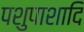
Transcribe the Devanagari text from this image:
पशुपाशादि